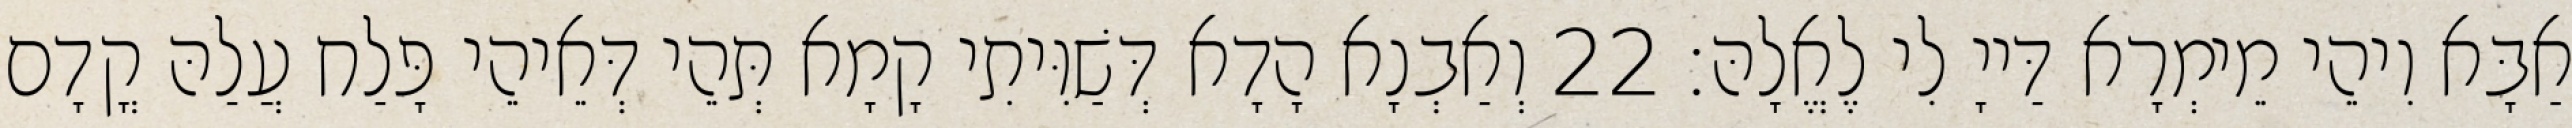
אַבָּא וִיהֵי מֵימְרָא דַּייָ לִי לֶאֱלָהּ׃ 22 וְאַבְנָא הָדָא דְּשַׁוִּיתִי קָמָא תְּהֵי דְּאֵיהֵי פָּלַח עֲלַהּ קֳדָם